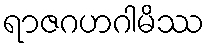
ရာဇဂဟဂါမိဿ